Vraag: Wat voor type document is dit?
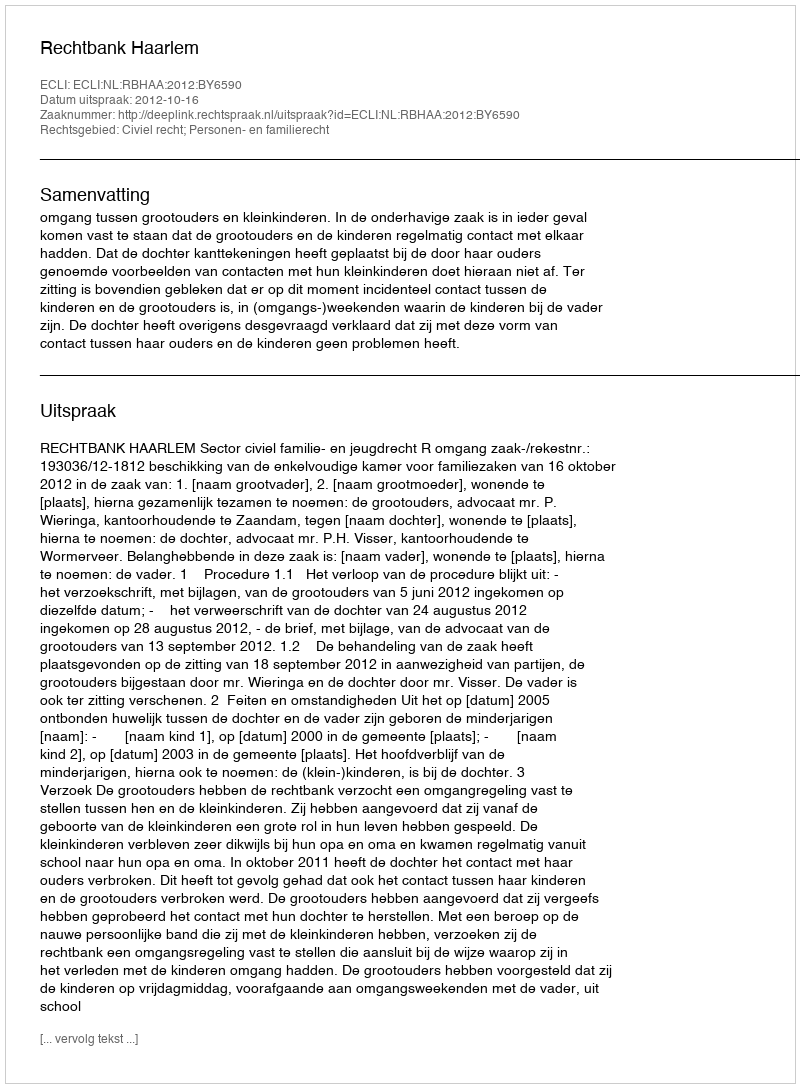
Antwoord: Uitspraak